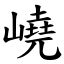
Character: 嶢